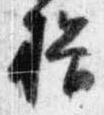
揖